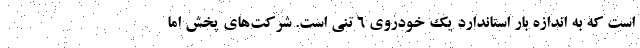
است که به اندازه بار استاندارد یک خودروی ۶ تنی است. شرکت‌های پخش اما